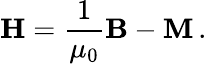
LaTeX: \mathbf{H}={\frac{1}{\mu_{0}}}\mathbf{B}-\mathbf{M}\, .